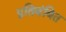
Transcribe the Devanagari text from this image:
प्रतिबंबित